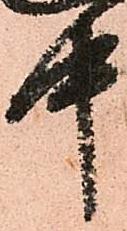
中